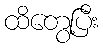
ထိတွေ့ပြီး